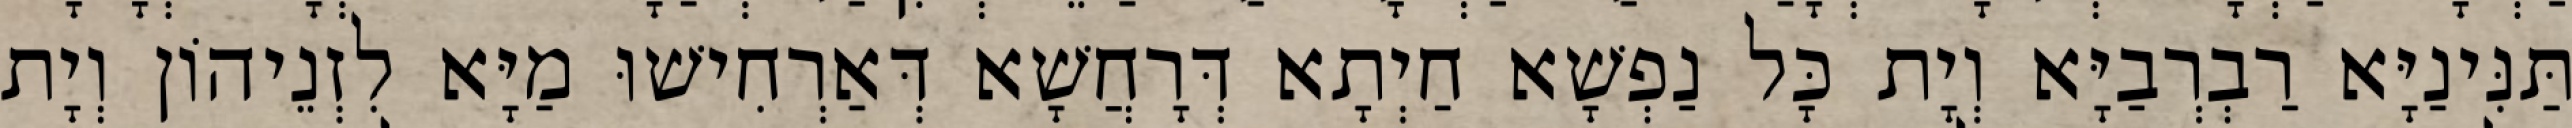
תַּנִּינַיָּא רַבְרְבַיָּא וְיָת כָּל נַפְשָׁא חַיְתָא דְּרָחֲשָׁא דְּאַרְחִישׁוּ מַיָּא לִזְנֵיהוֹן וְיָת